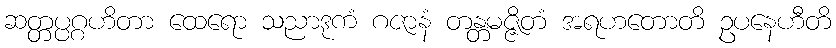
ဆတ္တပ္ပဂ္ဂဟိတာ ထေရော သညာဒုကံ ဂဇာနံ တန္တမဇ္ဇိတံ အရဟတောတိ ဥပနေဟီတိ